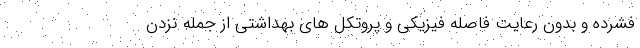
فشرده و بدون رعایت فاصله فیزیکی و پروتکل های بهداشتی از جمله نزدن